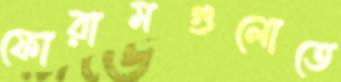
ফোরামগুলোতে